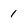
Character: 1